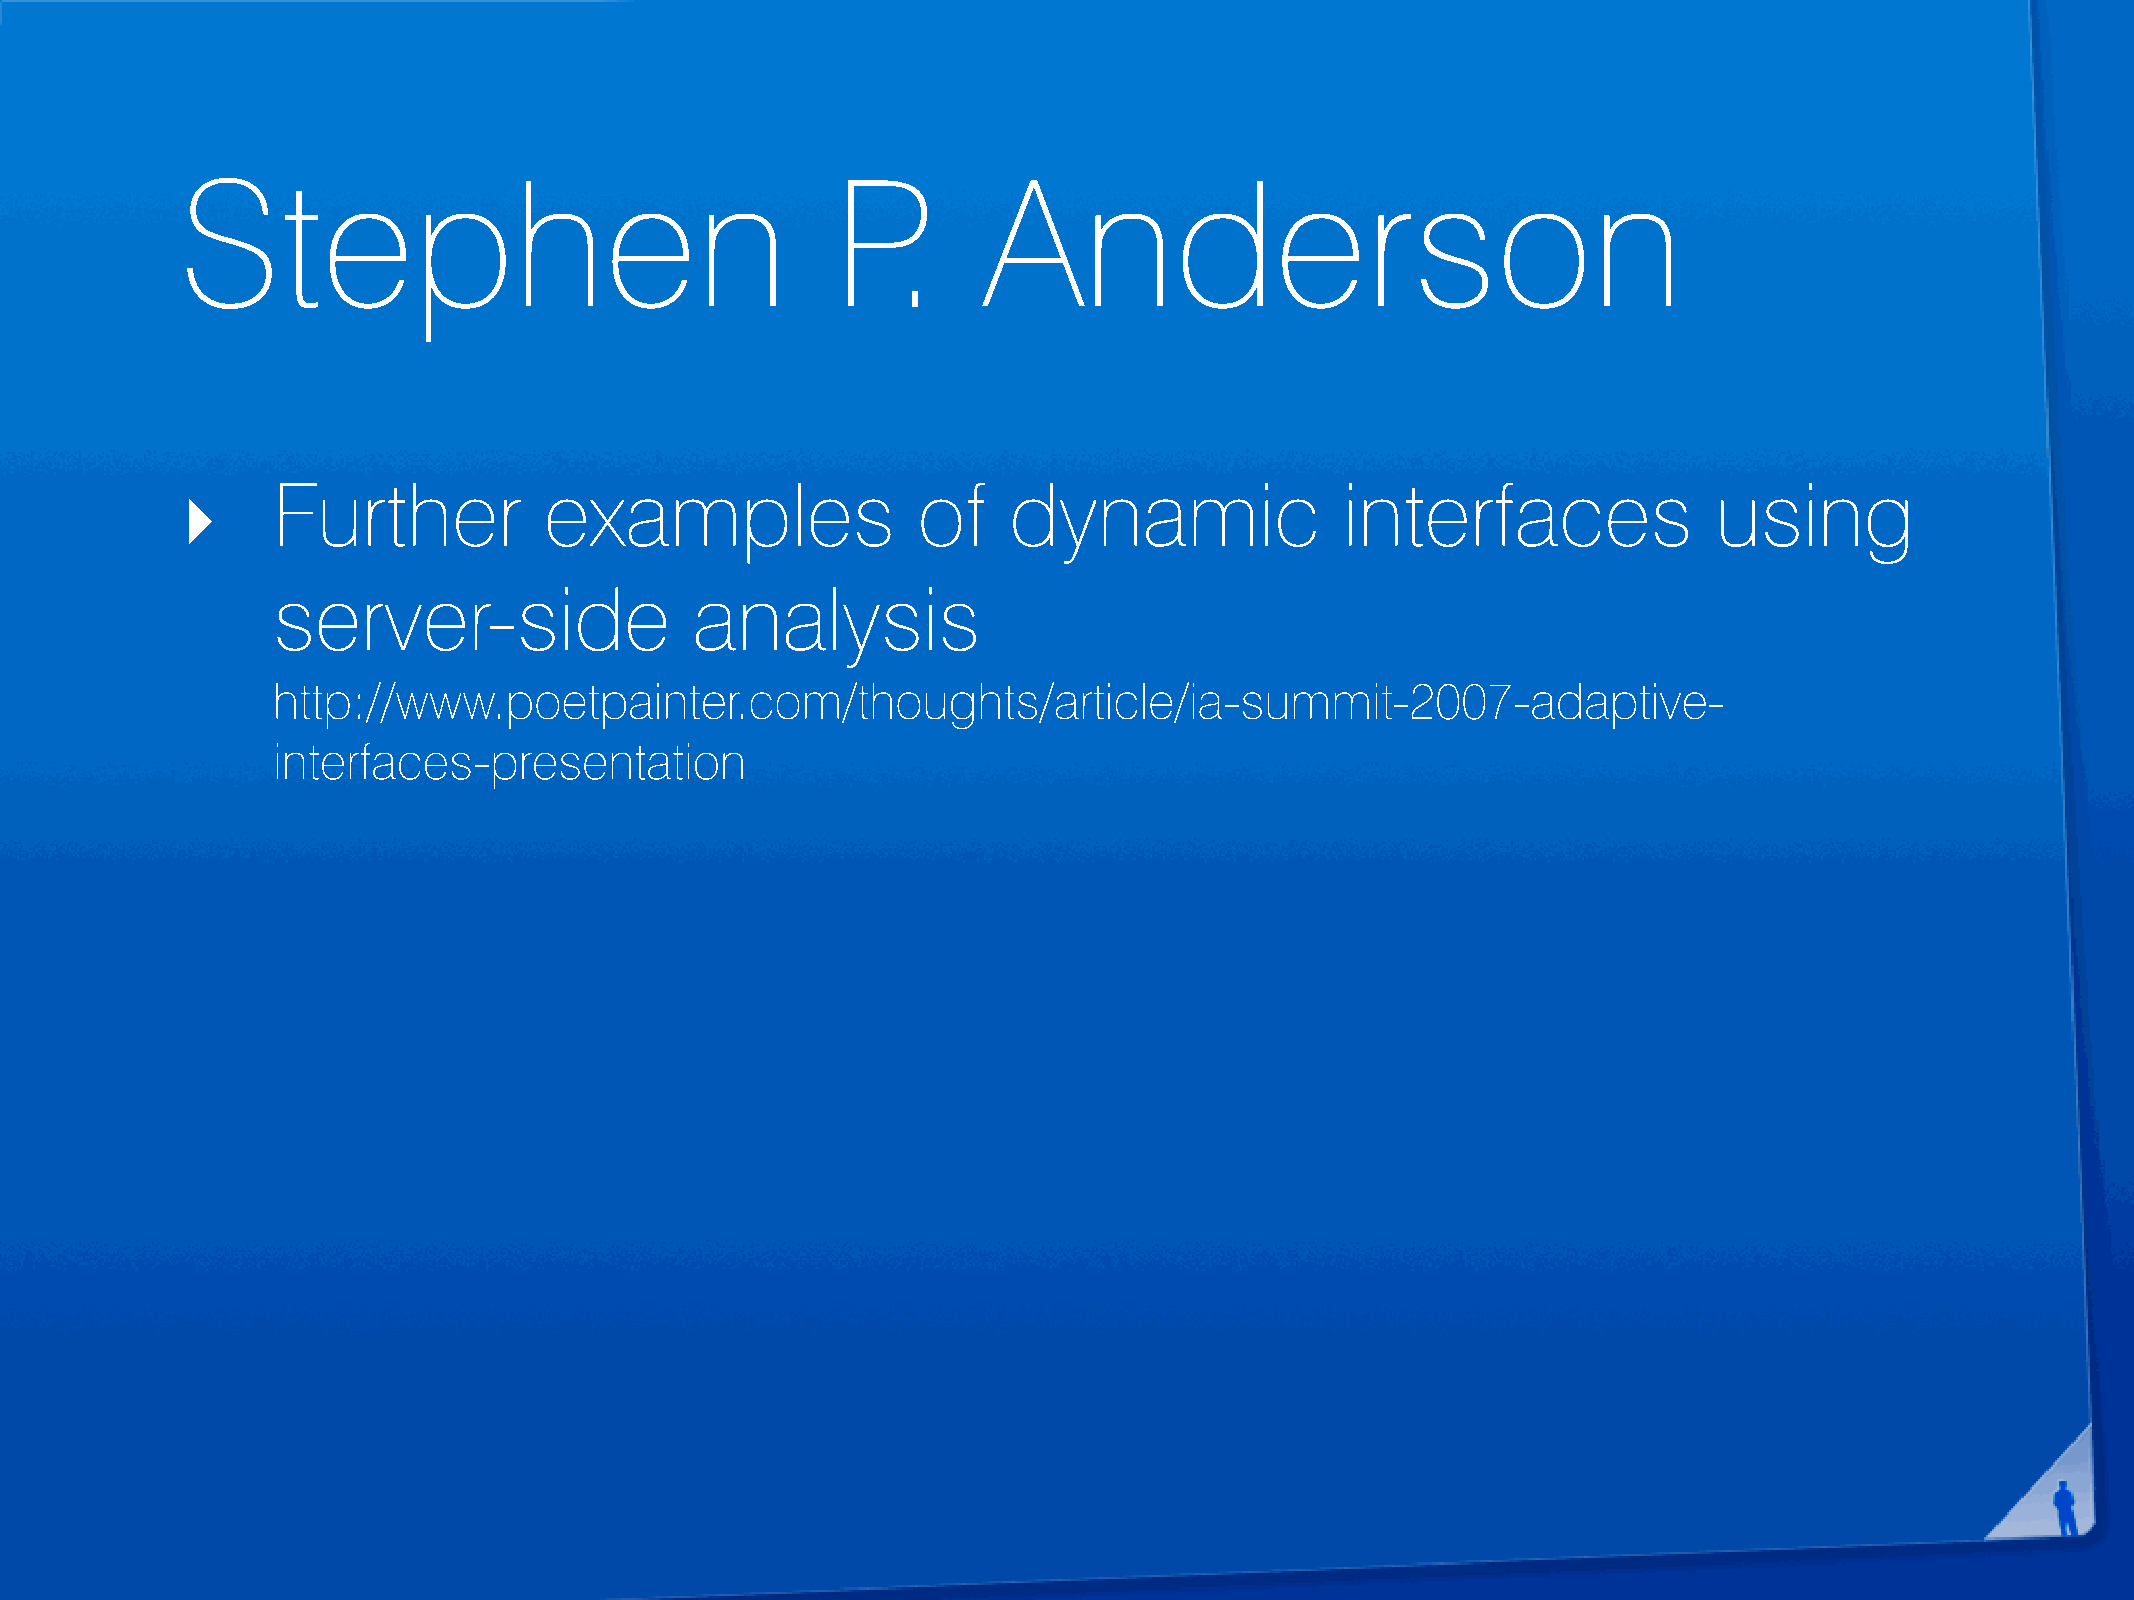
Stephen                                    P.        Anderson
 ‣     Further           examples                 of    dynamic               interfaces               using
 server-side                 analysis
 http://www.poetpainter.com/thoughts/article/ia-summit-2007-adaptive-
 interfaces-presentation